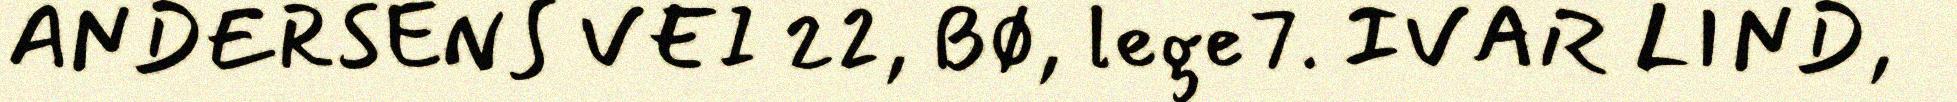
ANDERSENS VEI 22, BØ, lege7. IVAR LIND,